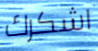
اشكرك